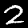
Digit: 2